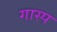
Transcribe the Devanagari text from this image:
गास्प